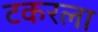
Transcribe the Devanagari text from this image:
टकरला